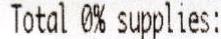
TOTAL 0% SUPPLIES: